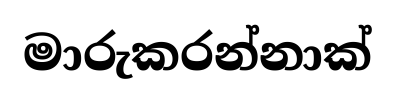
මාරුකරන්නාක්